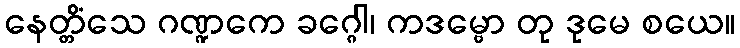
နေတ္တိံသေ ဂဏ္ဍကေ ခဂ္ဂေါ၊ ကဒမ္ဗော တု ဒုမေ စယေ။